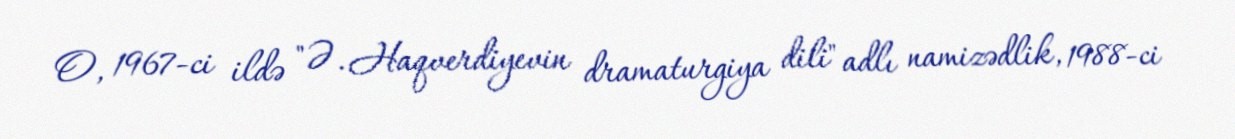
O, 1967-ci ildə "Ə. Haqverdiyevin dramaturgiya dili" adlı namizədlik, 1988-ci